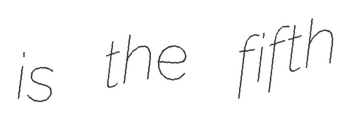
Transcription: is the fifth